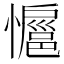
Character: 𭟊